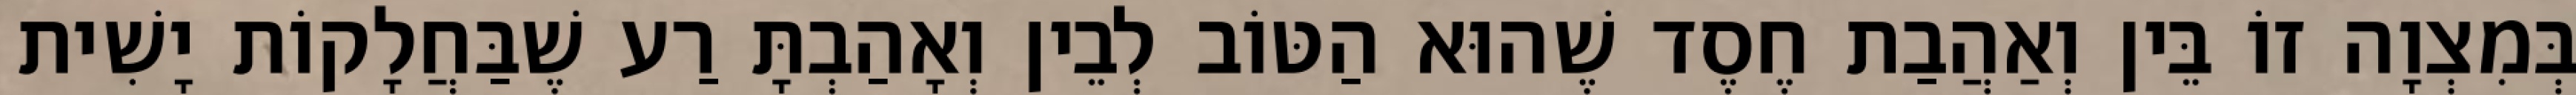
בְּמִצְוָה זוֹ בֵּין וְאַהֲבַת חֶסֶד שֶׁהוּא הַטּוֹב לְבֵין וְאָהַבְתָּ רַע שֶׁבַּחֲלָקוֹת יָשִׁית